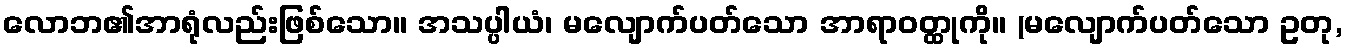
လောဘ၏အာရုံလည်းဖြစ်သော။ အသပ္ပါယံ၊ မလျောက်ပတ်သော အာရာဝတ္ထုကို။ (မလျောက်ပတ်သော ဥတု,